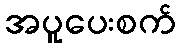
အပူပေးစက်